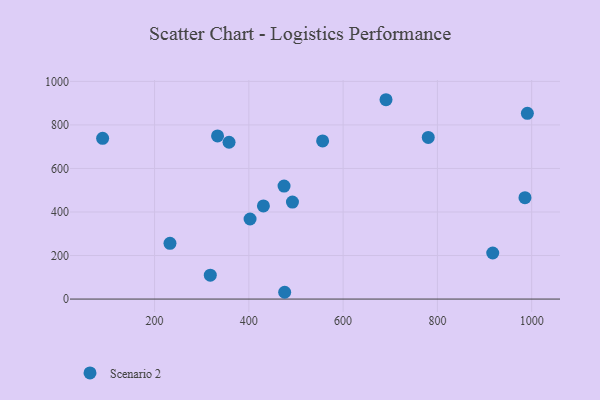
{"axis": {"x": "Price", "y": "Fuel Efficiency"}, "legend": ["Scenario 2"], "data": [{"x": "492.5", "y": 445.5, "type": "Scenario 2"}, {"x": "691.0", "y": 915.8, "type": "Scenario 2"}, {"x": "89.8", "y": 738.3, "type": "Scenario 2"}, {"x": "333.6", "y": 749.4, "type": "Scenario 2"}, {"x": "917.4", "y": 211.7, "type": "Scenario 2"}, {"x": "474.7", "y": 519.1, "type": "Scenario 2"}, {"x": "232.7", "y": 255.9, "type": "Scenario 2"}, {"x": "430.9", "y": 427.8, "type": "Scenario 2"}, {"x": "402.6", "y": 367.8, "type": "Scenario 2"}, {"x": "556.5", "y": 726.7, "type": "Scenario 2"}, {"x": "985.8", "y": 465.9, "type": "Scenario 2"}, {"x": "358.0", "y": 720.4, "type": "Scenario 2"}, {"x": "318.2", "y": 109.7, "type": "Scenario 2"}, {"x": "476.0", "y": 31.2, "type": "Scenario 2"}, {"x": "990.9", "y": 853.1, "type": "Scenario 2"}, {"x": "780.6", "y": 742.4, "type": "Scenario 2"}]}